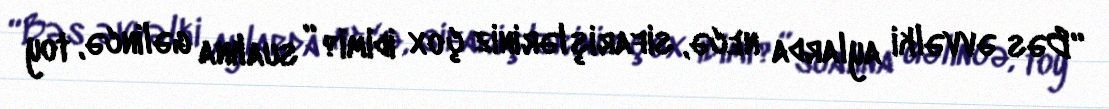
“Bəs əvvəlki aylarda necə, sifarişləriniz çox idimi?” sualına gəlincə, toy